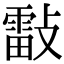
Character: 𣀀